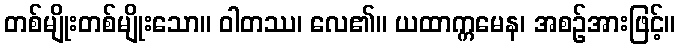
တစ်မျိုးတစ်မျိုးသော။ ဝါတဿ၊ လေ၏။ ယထာက္ကမေန၊ အစဉ်အားဖြင့်။